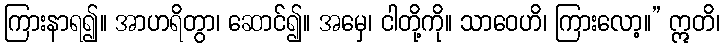
ကြားနာရ၍။ အာဟရိတွာ၊ ဆောင်၍။ အမှေ၊ ငါတို့ကို။ သာဝေဟိ၊ ကြားလော့။” ဣတိ၊